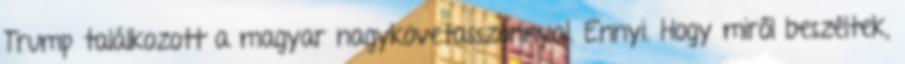
Trump találkozott a magyar nagykövetasszonnyal. Ennyi. Hogy miről beszéltek,